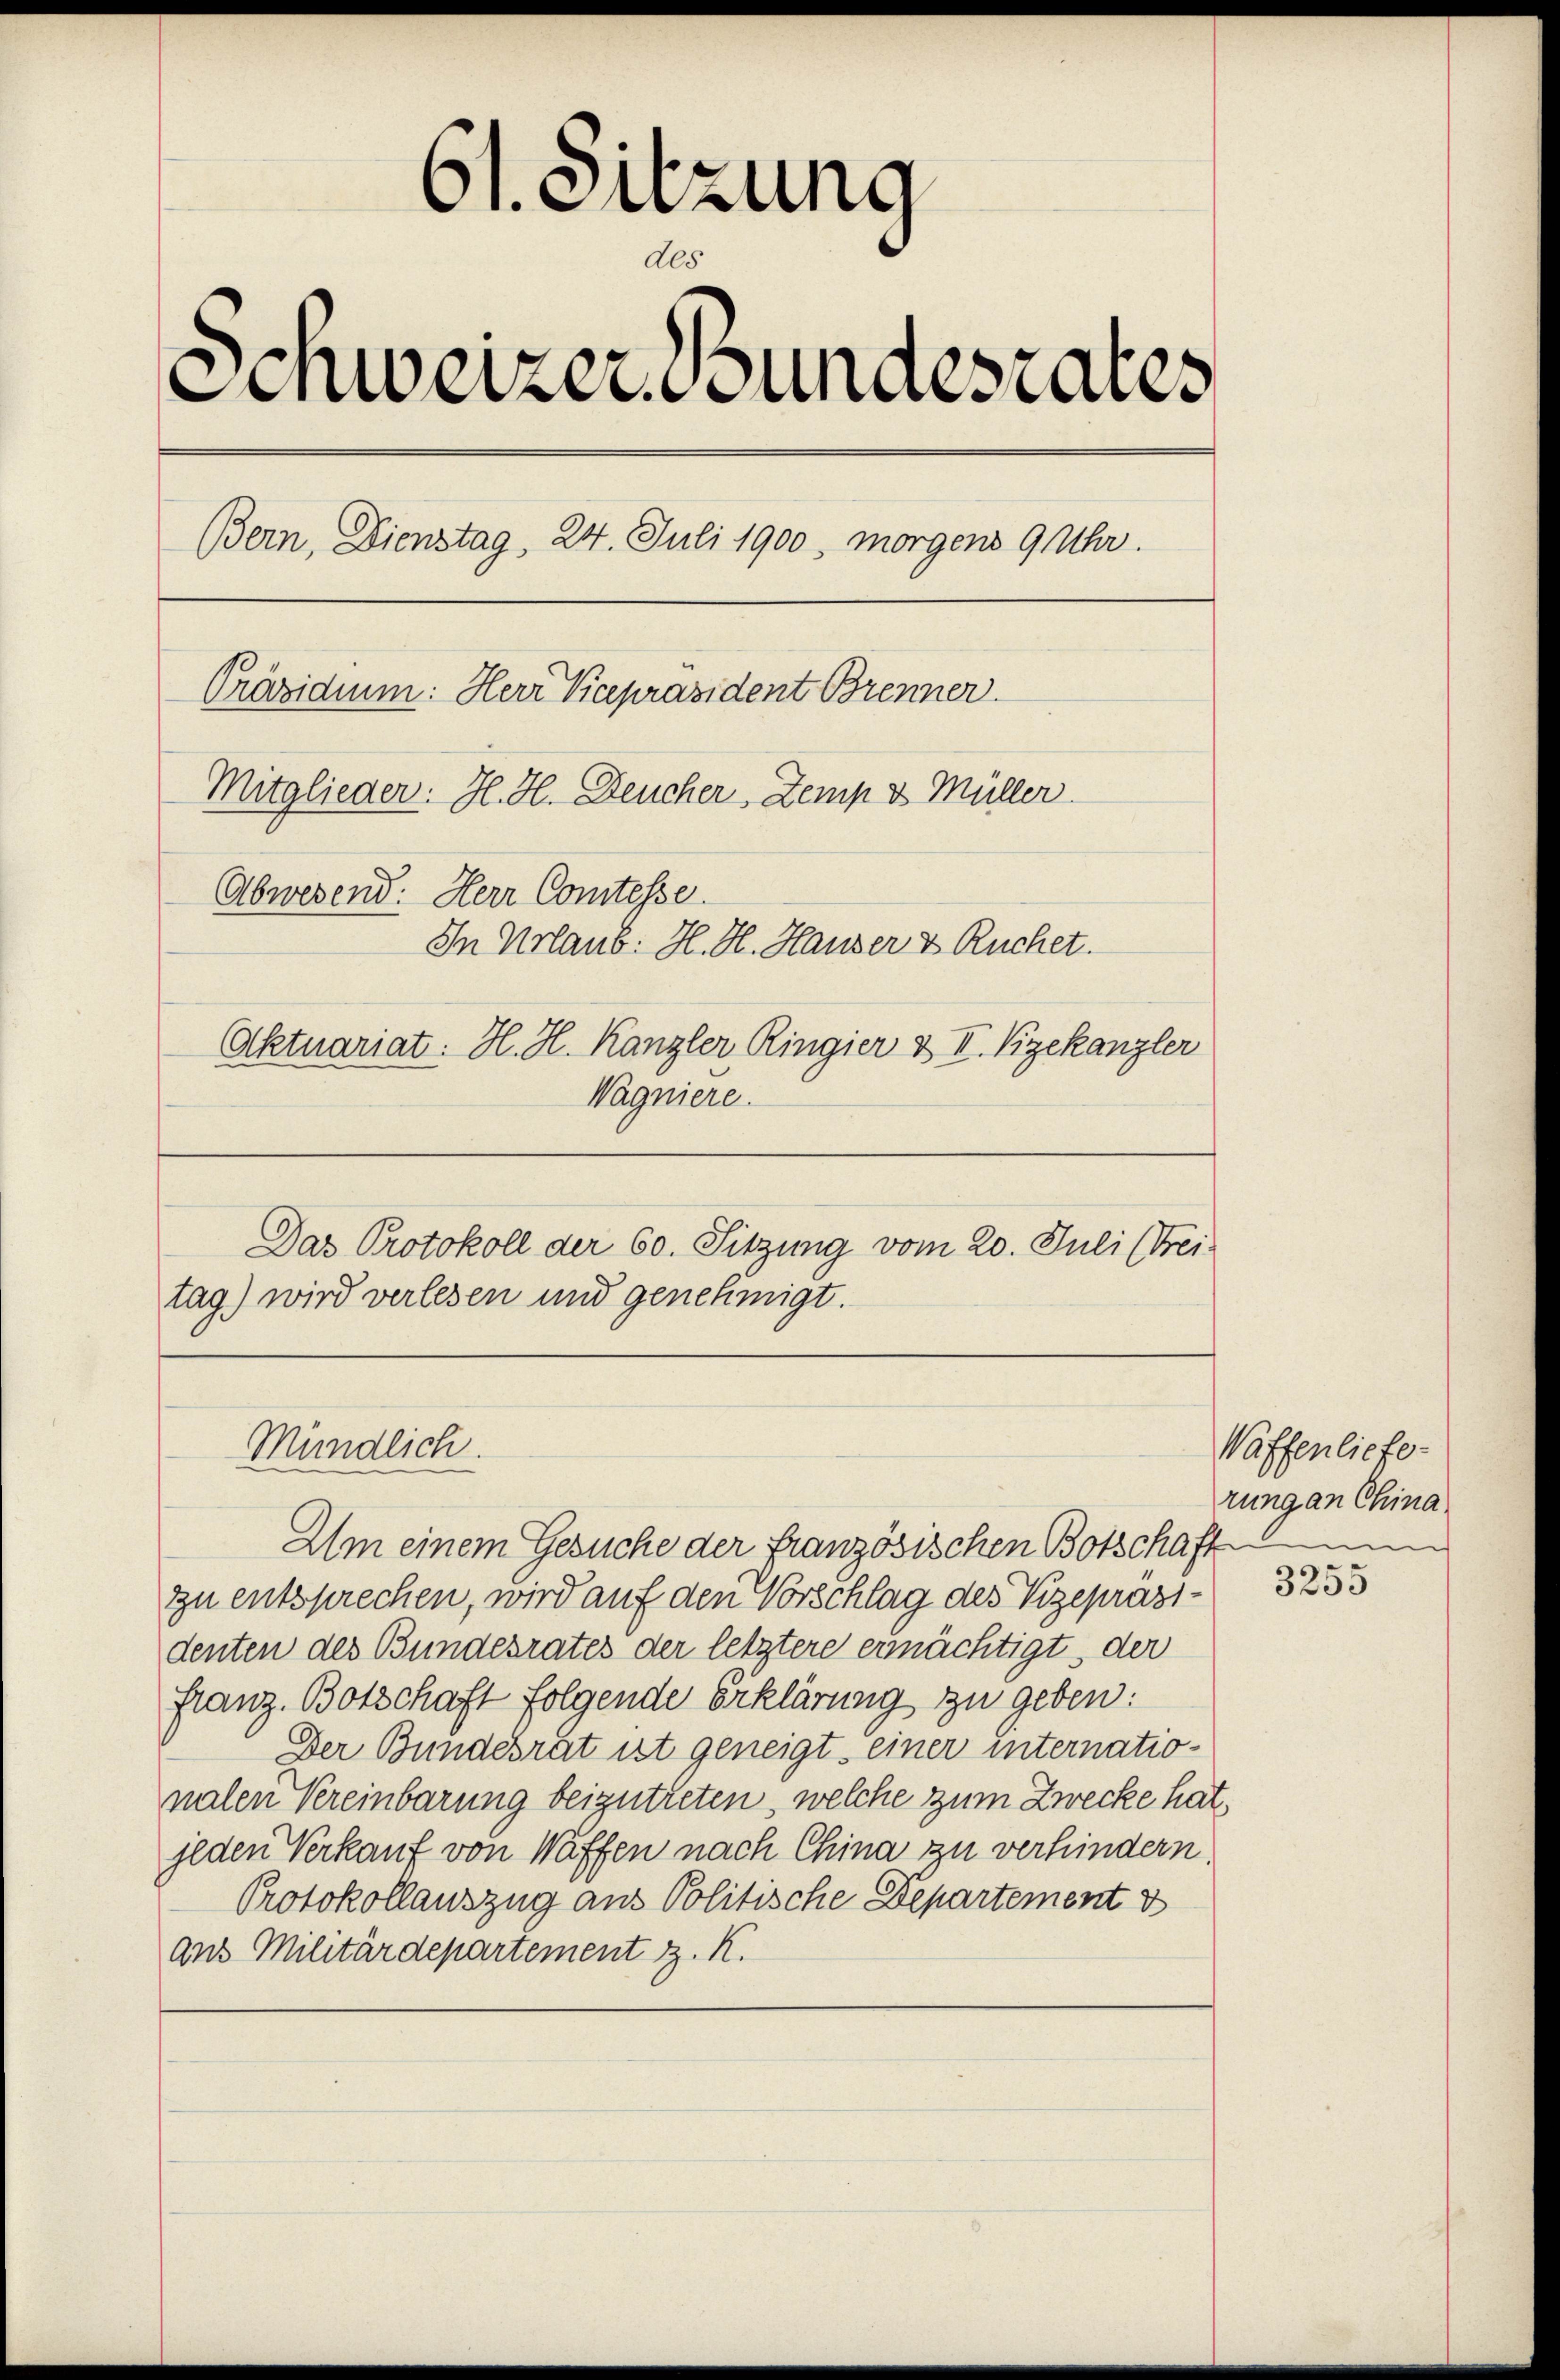
61. Sitzung
0
Senweizerbundesrates
Bern, Dienstag, 24. Juli 1900, morgens 9 Uhr.
Präsidium: Herr Vicepräsident Brenner.
Mitglieder. H. H. Deucher, Zemp v Müller
Abwesend: Herr Comtesse
In Urlaus: H. H. Hauser & Ruchet.
Aktuariat: H. H. Kanzler Ringier & II. Vizekanzler
Wagniere.

Das Protokoll der 60. Sitzung vom 20. Juli (Frei-
tag) wird verlesen und genehmigt.

Mündlich.

Um einem Gesuche der französischen Botschaft
zu entsprechen, wird auf den Vorschlag des Vizepräsidenten des Bundesrates der letztere ermächtigt, der
franz. Botschaft folgende Erklärung zu geben:
Der Bundesrat ist geneigt, einer internationalen Vereinbarung beizutreten, welche zum Zwecke hat,
jeden Verkauf von Waffen nach China zu verhindern
Protokollauszug aus Politische Departement d
ans Militärdepartement z. K.

Waffenliefe-
rung an China

3255